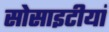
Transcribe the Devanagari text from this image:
सोसाइटीयां